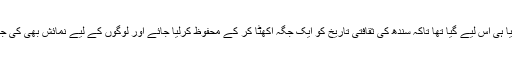
اِسے بنایا ہی اس لیے گیا تھا تاکہ سندھ کی ثقافتی تاریخ کو ایک جگہ اکھٹا کر کے محفوظ کرلیا جائے اور لوگوں کے لیے نمائش بھی کی جا سکے۔